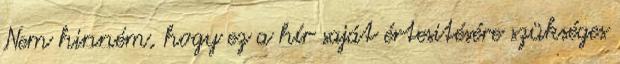
Nem hinném, hogy ez a hír saját értesitésére szükséges